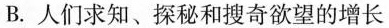
B.人们求知、探秘和搜奇欲望的增长